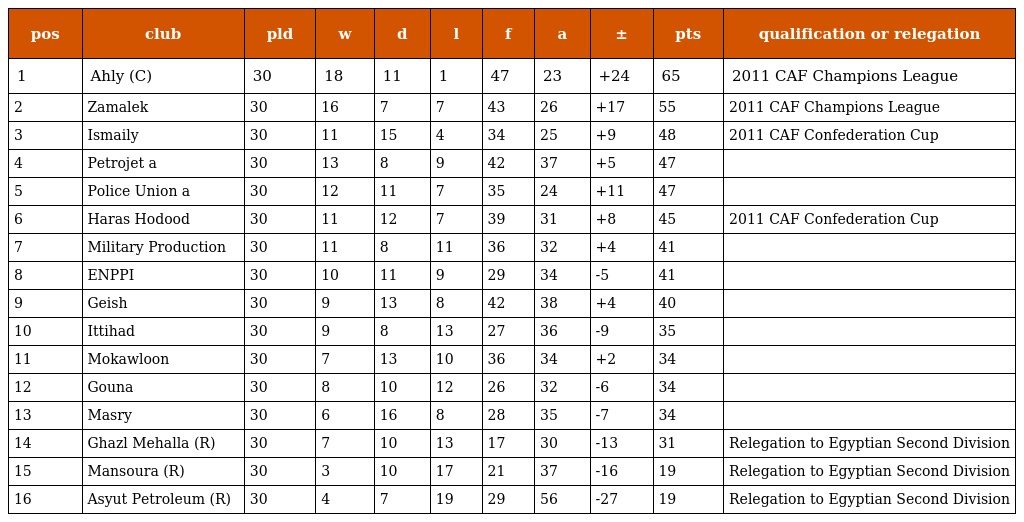
| pos | club | pld | w | d | l | f | a | ± | pts | qualification or relegation |
 | --- | --- | --- | --- | --- | --- | --- | --- | --- | --- | --- |
 | 1 | Ahly (C) | 30 | 18 | 11 | 1 | 47 | 23 | +24 | 65 | 2011 CAF Champions League |
 | 2 | Zamalek | 30 | 16 | 7 | 7 | 43 | 26 | +17 | 55 | 2011 CAF Champions League |
 | 3 | Ismaily | 30 | 11 | 15 | 4 | 34 | 25 | +9 | 48 | 2011 CAF Confederation Cup |
 | 4 | Petrojet a | 30 | 13 | 8 | 9 | 42 | 37 | +5 | 47 |  |
 | 5 | Police Union a | 30 | 12 | 11 | 7 | 35 | 24 | +11 | 47 |  |
 | 6 | Haras Hodood | 30 | 11 | 12 | 7 | 39 | 31 | +8 | 45 | 2011 CAF Confederation Cup |
 | 7 | Military Production | 30 | 11 | 8 | 11 | 36 | 32 | +4 | 41 |  |
 | 8 | ENPPI | 30 | 10 | 11 | 9 | 29 | 34 | -5 | 41 |  |
 | 9 | Geish | 30 | 9 | 13 | 8 | 42 | 38 | +4 | 40 |  |
 | 10 | Ittihad | 30 | 9 | 8 | 13 | 27 | 36 | -9 | 35 |  |
 | 11 | Mokawloon | 30 | 7 | 13 | 10 | 36 | 34 | +2 | 34 |  |
 | 12 | Gouna | 30 | 8 | 10 | 12 | 26 | 32 | -6 | 34 |  |
 | 13 | Masry | 30 | 6 | 16 | 8 | 28 | 35 | -7 | 34 |  |
 | 14 | Ghazl Mehalla (R) | 30 | 7 | 10 | 13 | 17 | 30 | -13 | 31 | Relegation to Egyptian Second Division |
 | 15 | Mansoura (R) | 30 | 3 | 10 | 17 | 21 | 37 | -16 | 19 | Relegation to Egyptian Second Division |
 | 16 | Asyut Petroleum (R) | 30 | 4 | 7 | 19 | 29 | 56 | -27 | 19 | Relegation to Egyptian Second Division |